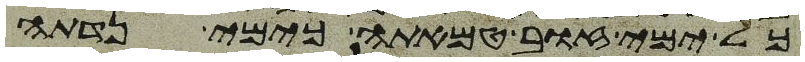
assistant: כל ימי זוב טמאתה כימי נדתה